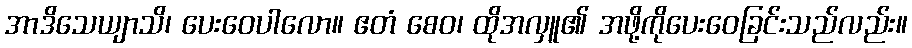
အာဒိသေယျာသိ၊ ပေးဝေပါလော။ ဧတံ စေဝ၊ ထိုအလှူ၏ အဖို့ကိုပေးဝေခြင်းသည်လည်း။